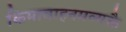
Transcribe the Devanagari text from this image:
किमावाहनमव्यक्तै